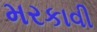
મરકાવી